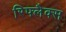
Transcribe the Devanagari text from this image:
रिफ्लैक्‍स